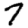
Digit: 7